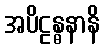
အပိဠန္ဓနာနိ